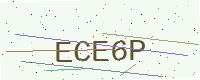
Text: ECE6P